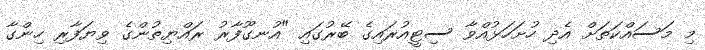
މި މަސައްކަތަށް އެދި ހުށަހަޅުއްވާ ސިޓީއުރައިގެ ބޭރުގައި "އުނގޫފާރު ރައްޔިތުންގެ ވިޔަފާރި ހިންގާ